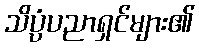
သိပ္ပံပညာရှင်များ၏